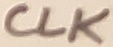
Text: CLK